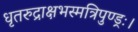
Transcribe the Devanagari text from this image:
धृतरुद्राक्षभस्मत्रिपुण्ड्रः।